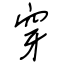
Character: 穿